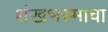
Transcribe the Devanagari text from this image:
शंखभस्माचा